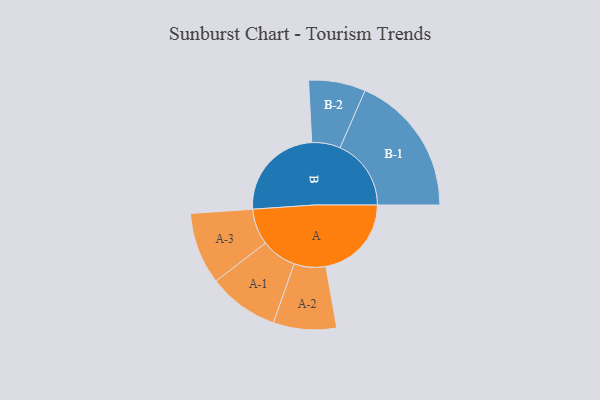
{"axis": {"x": "Segment", "y": "Value"}, "legend": ["", "A", "B"], "data": [{"x": "A", "y": 349, "type": ""}, {"x": "B", "y": 397, "type": ""}, {"x": "A-1", "y": 144, "type": "A"}, {"x": "A-2", "y": 129, "type": "A"}, {"x": "A-3", "y": 147, "type": "A"}, {"x": "B-1", "y": 290, "type": "B"}, {"x": "B-2", "y": 116, "type": "B"}]}